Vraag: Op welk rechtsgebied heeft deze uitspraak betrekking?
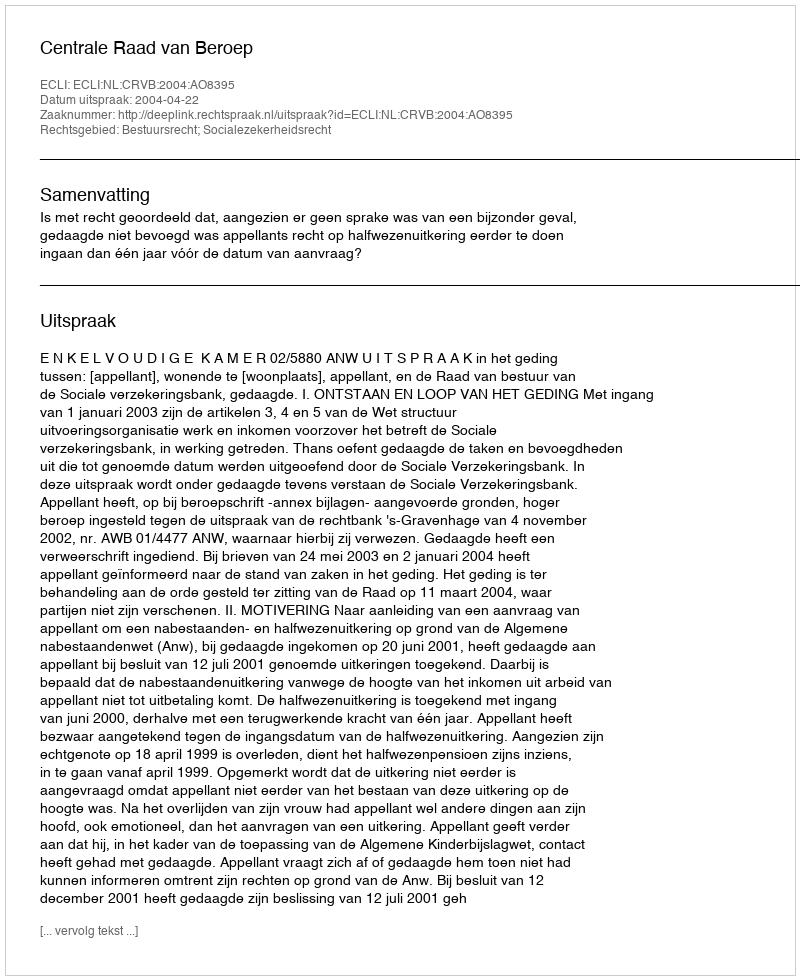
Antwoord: Bestuursrecht; Socialezekerheidsrecht